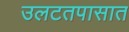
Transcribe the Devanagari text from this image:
उलटतपासात